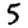
Digit: 5